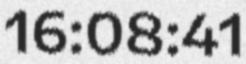
16:08:41